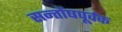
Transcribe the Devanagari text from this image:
सन्तोंषपूर्वक